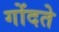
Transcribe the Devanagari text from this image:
गोंदते